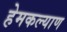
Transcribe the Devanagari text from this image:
हेमकल्याण